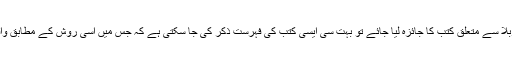
اگر اس عنوان کے تحت واقعۂ کربلا سے متعلق کتب کا جائزہ لیا جائے تو بہت سی ایسی کتب کی فہرست ذکر کی جا سکتی ہے کہ جس میں اسی روش کے مطابق واقعۂ کربلا کو محفوظ کیا گیا ہے ۔